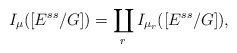
\begin{align*}I_{\mu}([E^{ss}/G])=\coprod_{r}I_{\mu_r}([E^{ss}/G]),\end{align*}